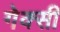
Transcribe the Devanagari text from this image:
गेक्सी